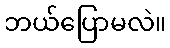
ဘယ်ပြောမလဲ။